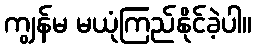
ကျွန်မ မယုံကြည်နိုင်ခဲ့ပါ။